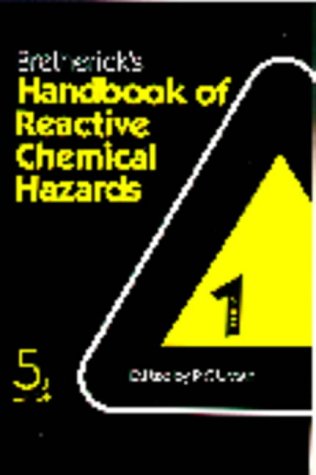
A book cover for Bretherick's Handbook of Reactive Chemical Hazards, Fifth Edition: An indexed guide to published data (5th ed. 2 Vol Set); PETER URBEN; Science & Math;